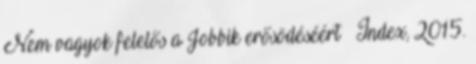
Nem vagyok felelős a Jobbik erősödéséért – Index, 2015.